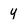
Character: Y